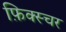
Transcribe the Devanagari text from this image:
फ़िक्स्चर